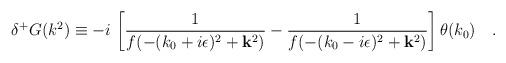
LaTeX: \begin{align*}\delta^+ G (k^2)\equiv -i\, \left[\frac{1}{f(-(k_0+i\epsilon)^2+{\bf k}^2)}-\frac{1}{f(-(k_0-i\epsilon)^2+{\bf k}^2)}\right] \theta (k_0)~~~.\end{align*}